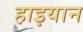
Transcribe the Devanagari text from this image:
हाइयान